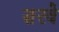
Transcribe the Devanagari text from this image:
सरवे